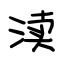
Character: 渎